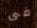
فى